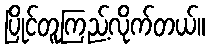
ပြိုင်တူကြည့်လိုက်တယ်။